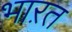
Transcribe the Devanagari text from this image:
भाऱत